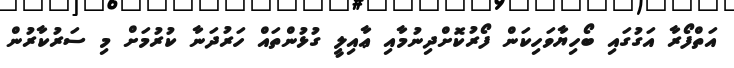
އަތްފޯރާ އަގުގައި ބޯހިޔާވަހިކަން ފޯރުކޮށްދިނުމާއި ޢާއިލީ ގުޅުންތައް ހަރުދަނާ ކުރުމަށް މި ސަރުކާރުން